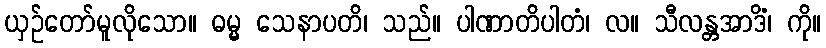
ယှဉ်တော်မူလိုသော။ ဓမ္မ သေနာပတိ၊ သည်။ ပါဏာတိပါတံ၊ လ။ သီလန္တအာဒိံ၊ ကို။